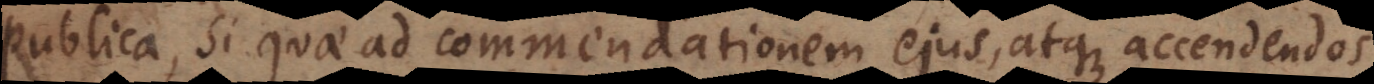
publica, si quae ad commendationem ejus, atque accendendos